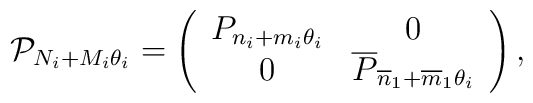
\mathcal{P}_{N_{i}+M_{i}\theta _{i}}=\left(\begin{array}{cc}P_{n_{i}+m_{i}\theta _{i}} & 0 \\0 & \overline{P}_{\overline{n}_{1}+\overline{m}_{1}\theta _{i}}\end{array}\right) ,